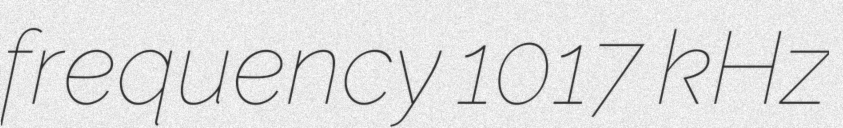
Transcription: frequency 1017 kHz